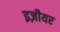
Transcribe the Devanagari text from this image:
इज़ीयर